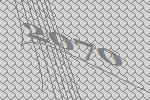
2070